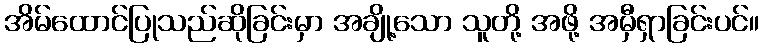
အိမ်ထောင်ပြုသည်ဆိုခြင်းမှာ အချို့သော သူတို့ အဖို့ အမှီရှာခြင်းပင်။